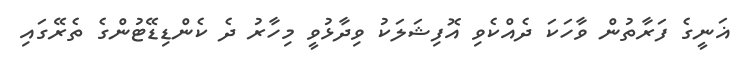
ޣަނީގެ ފަރާތުން ވާހަކަ ދެއްކެވި އޮފިޝަލަކު ވިދާޅުވީ މިހާރު ދެ ކެންޑިޑޭޓުންގެ ތެރޭގައި